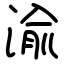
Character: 渝